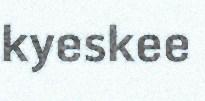
kyeskee